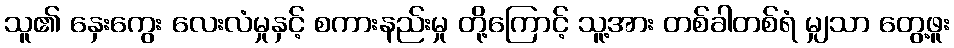
သူ၏ နှေးကွေး လေးလံမှုနှင့် စကားနည်းမှု တို့ကြောင့် သူ့အား တစ်ခါတစ်ရံ မျှသာ တွေ့ဖူး